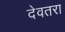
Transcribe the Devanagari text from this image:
देवतरा